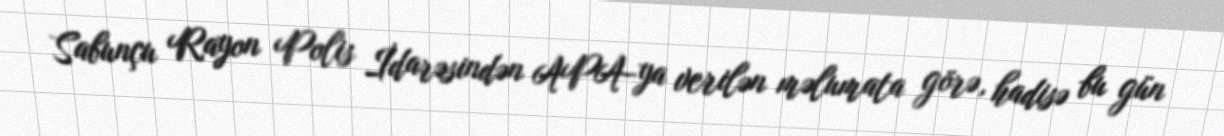
Sabunçu Rayon Polis İdarəsindən APA-ya verilən məlumata görə, hadisə bu gün